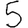
Digit: 5